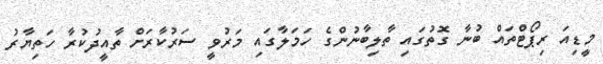
މީޑިއަ ރިޕޯޓްތައް ބުނާ ގޮތުގައި ތާލިބާނުންގެ ހަމަލާގައި މަރުވީ ސަރުކާރަށް ތާއީދުކުރާ ހަތިޔާރު